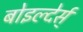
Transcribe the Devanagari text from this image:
बोइल्देर्स्